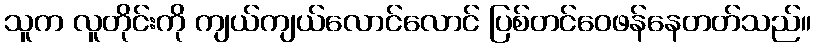
သူက လူတိုင်းကို ကျယ်ကျယ်လောင်လောင် ပြစ်တင်ဝေဖန်နေတတ်သည်။